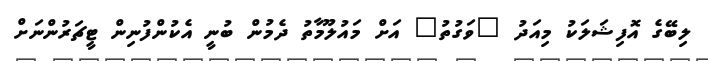
ލިބޭގެ އޮފިޝަލަކު މިއަދު "ވަގުތު" އަށް މައުލޫމާތު ދެމުން ބުނީ އެކުންފުނިން ޓީޗަރުންނަށް